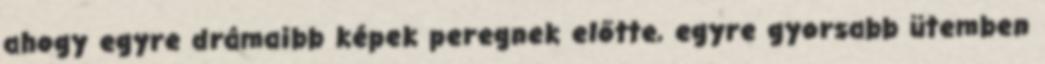
ahogy egyre drámaibb képek peregnek előtte, egyre gyorsabb ütemben